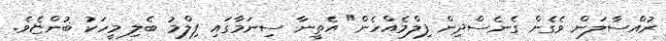
ރުއްސާލަން ވެގެން ގެނެސްދިން ފިލްމެއްހެން" އެތީނާ ސިނަމާގައި ފިލްމު ބެލި މީހަކު ބުންޏެވެ.